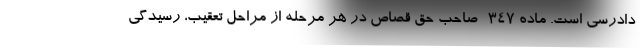
دادرسی است. ماده ۳۴۷- صاحب حق قصاص در هر مرحله از مراحل تعقیب، رسیدگی